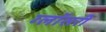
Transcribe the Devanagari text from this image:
ग्लॉसरी